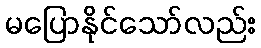
မပြောနိုင်သော်လည်း